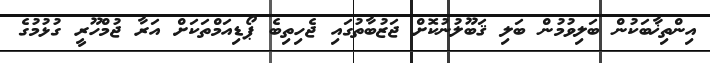
އިންތިޚާބަކުން ބަލިވުމުން ބަލި ޤަބޫލުނުކޮށް ޖަޒުބާތުގައި ޖެހިތިބެ ޕޯޑިއަމްތަކަށް އަރާ ޖުމްހޫރީ ގުޅުމުގެ